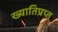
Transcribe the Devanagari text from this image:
ख्यातिप्रप्त